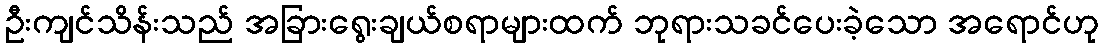
ဦးကျင်သိန်းသည် အခြားရွေးချယ်စရာများထက် ဘုရားသခင်ပေးခဲ့သော အရောင်ဟု